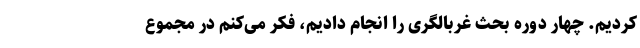
کردیم. چهار دوره بحث غربالگری را انجام دادیم، فکر می‌کنم در مجموع